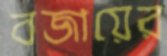
বজায়ের